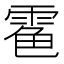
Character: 𩃊